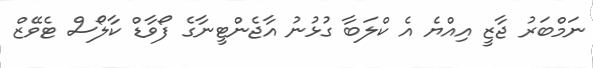
ނަމްބަރު ޖާޒީ އިއްޔެ އެ ކްލަބާ ގުޅުނު އާޖެންޓީނާގެ ފޯވާޑް ކާލޯސް ޓެވޭޒް